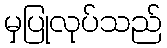
မှပြုလုပ်သည်